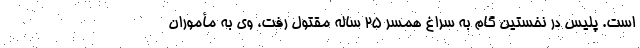
است. پلیس در نخستین گام به سراغ همسر ۲۵ ساله مقتول رفت، وی به مأموران